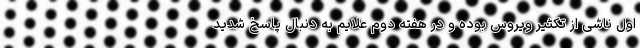
اول ناشی از تکثیر ویروس بوده و در هفته دوم علایم به دنبال پاسخ شدید